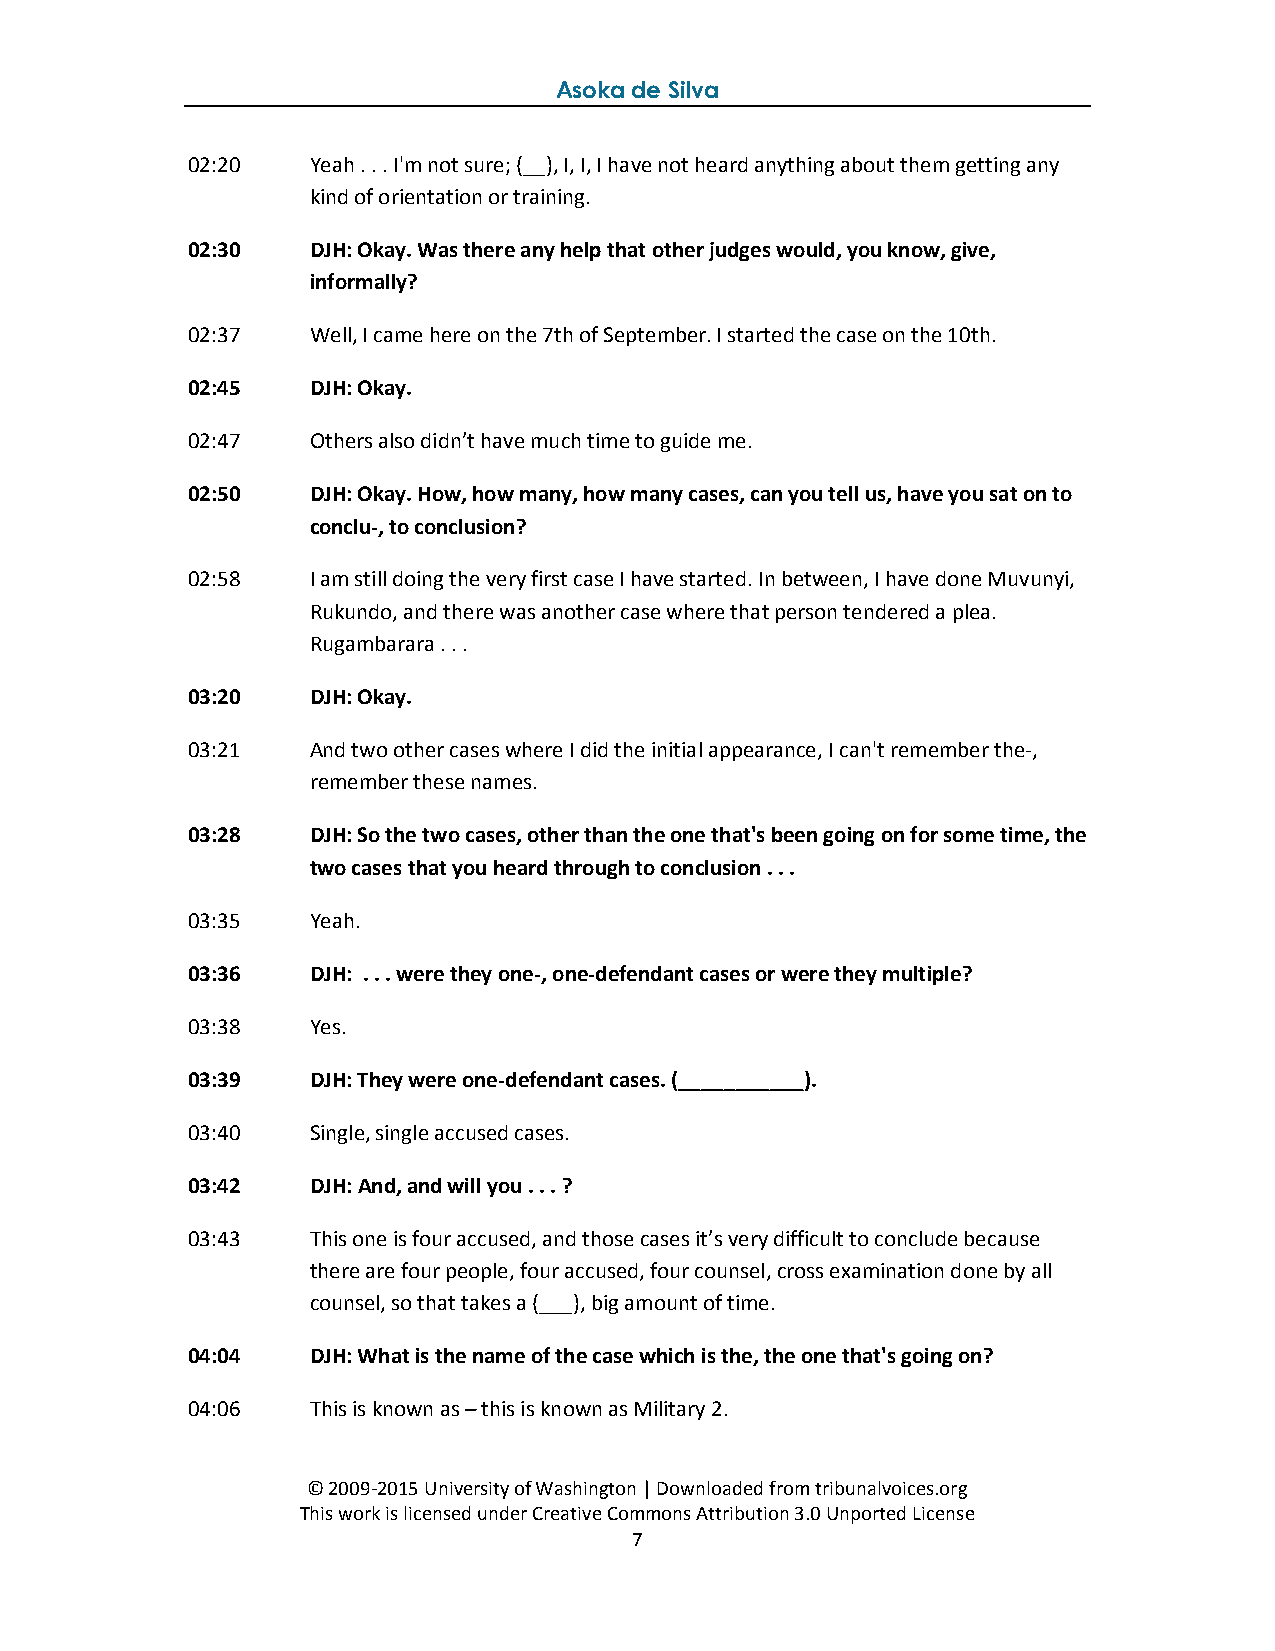
Asoka de Silva
 02:20   Yeah . . . I'm not sure; (__), I, I, I have not heard anything about them getting any
 kind of orientation or training.
 02:30   DJH: Okay. Was there any help that other judges would, you know, give,
 informally?
 02:37   Well, I came here on the 7th of September. I started the case on the 10th.
 02:45   DJH: Okay.
 02:47   Others also didn’t have much time to guide me.
 02:50   DJH: Okay. How, how many, how many cases, can you tell us, have you sat on to
 conclu-, to conclusion?
 02:58   I am still doing the very first case I have started. In between, I have done Muvunyi,
 Rukundo, and there was another case where that person tendered a plea.
 Rugambarara . . .
 03:20   DJH: Okay.
 03:21   And two other cases where I did the initial appearance, I can't remember the-,
 remember these names.
 03:28   DJH: So the two cases, other than the one that's been going on for some time, the
 two cases that you heard through to conclusion . . .
 03:35   Yeah.
 03:36   DJH: . . . were they one-, one-defendant cases or were they multiple?
 03:38   Yes.
 03:39   DJH: They were one-defendant cases. (___________).
 03:40   Single, single accused cases.
 03:42   DJH: And, and will you . . . ?
 03:43   This one is four accused, and those cases it’s very difficult to conclude because
 there are four people, four accused, four counsel, cross examination done by all
 counsel, so that takes a (___), big amount of time.
 04:04   DJH: What is the name of the case which is the, the one that's going on?
 04:06   This is known as – this is known as Military 2.
 © 2009-2015 University of Washington | Downloaded from tribunalvoices.org
 This work is licensed under Creative Commons Attribution 3.0 Unported License
 7